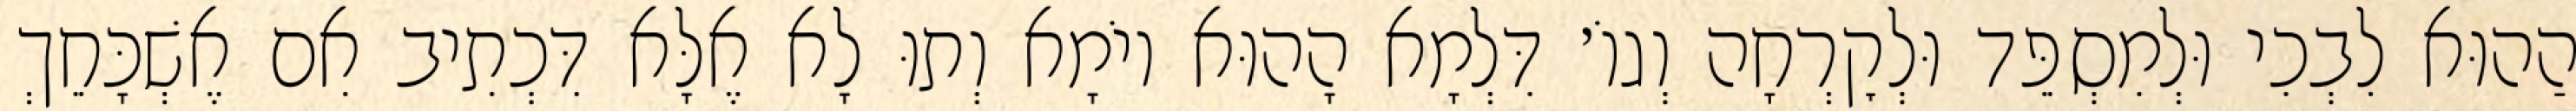
הַהוּא לִבְכִי וּלְמִסְפֵּד וּלְקׇרְחָה וְגוֹ׳ דִּלְמָא הָהוּא יוֹמָא וְתוּ לָא אֶלָּא דִּכְתִיב אִם אֶשְׁכָּחֵךְ